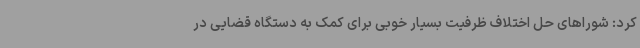
کرد: شوراهای حل اختلاف ظرفیت بسیار خوبی برای کمک به دستگاه قضایی در